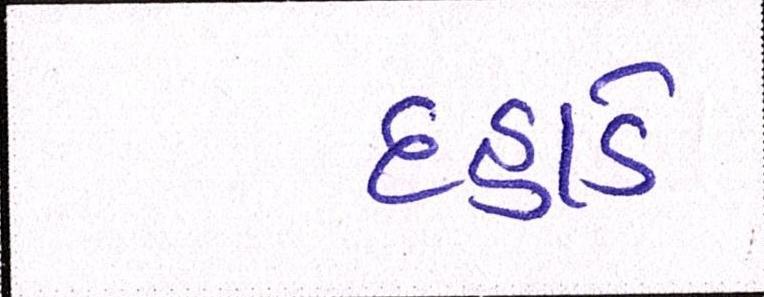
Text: દહાડે